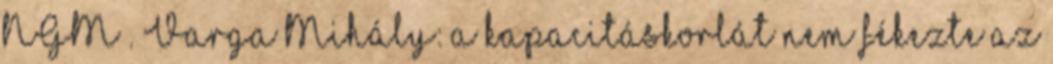
NGM . Varga Mihály: a kapacitáskorlát nem fékezte az